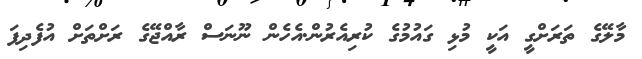
މާލޭގެ ތަރަށްގީ އަކީ މުޅި ގައުމުގެ ކުރިއެރުން.އެހެން ނޫނަސް ރާއްޖޭގެ ރަށްތަށް އުފެދިފަ